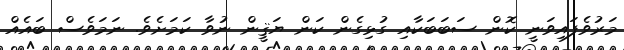
މަރުވެފައިވަނީ ކޮން ސަބަބަކާއި ގުޅިގެން ކަން ޔަޤީން ނުވާ ކަމަށެވެ. ނަމަވެސް ބައެއް